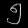
Digit: ၅